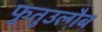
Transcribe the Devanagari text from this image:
फुतुउल्गैब